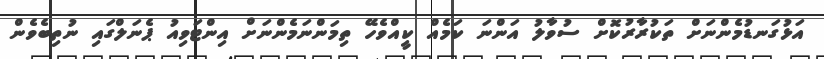
އަޅުގަނޑުމެންނަށް ތަކުރާރުކޮށް ސުވާލު އަންނަ ކަމެއް ކީއްވެހޭ ތިމަންނަމެންނަށް އިންޓަވިއު ޕެނަލްގައި ނުތިބެވެން